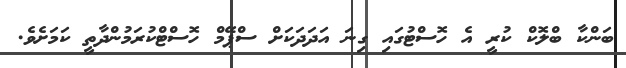
ބަންކާ ބްލޮކް ކުރީ އެ ހޮސްޓުގައި ގިނަ އަދަދަކަށް ސްޕޭމް ހޮސްޓްކުރަމުންދާތީ ކަމަށެވެ.